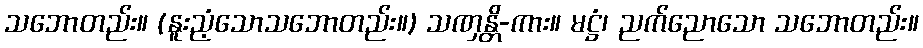
သဘောတည်း။ (နူးညံ့သောသဘောတည်း။) သဏှန္တိ-ကား။ မဋ္ဌံ၊ ညက်ညောသော သဘောတည်း။